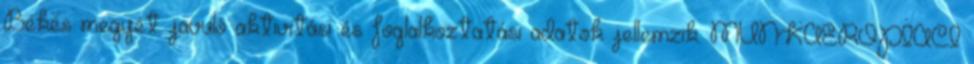
Békés megyét javuló aktivitási és foglalkoztatási adatok jellemzik. MUNKAERŐPIACI